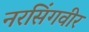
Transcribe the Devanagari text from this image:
नरसिंगवीर